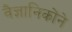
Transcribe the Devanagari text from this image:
वैज्ञानिकोंने